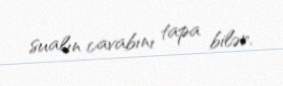
sualın cavabını tapa bilər.